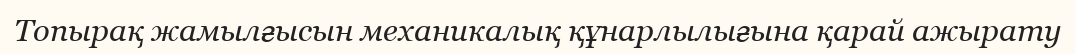
Топырақ жамылғысын механикалық құнарлылығына қарай ажырату